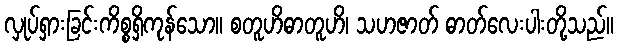
လှုပ်ရှားခြင်းကိစ္စရှိကုန်သော။ စတူဟိဓာတူဟိ၊ သဟဇာတ် ဓာတ်လေးပါးတို့သည်။